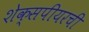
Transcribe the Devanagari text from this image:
शेक्सपीयरची